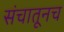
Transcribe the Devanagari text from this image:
संचातूनच